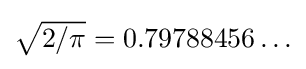
{\textstyle {\sqrt {2/\pi }}=0.79788456\ldots }